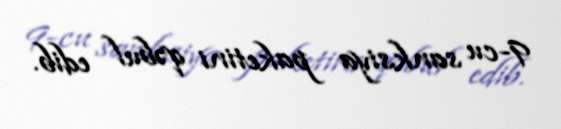
9-cu sanksiya paketini qəbul edib.